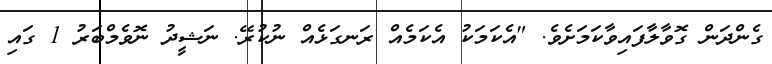
ގެންދަން ގޮވާލާފައިވާކަމަށެވެ. "އެކަމަކު އެކަމެއް ރަނގަޅެއް ނުކުރޭ. ނަޝީދު ނޮވެމްބަރު 1 ގައި